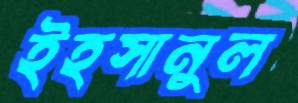
ইহসানুল